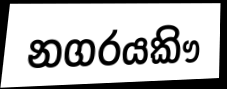
නගරයකිෟ